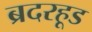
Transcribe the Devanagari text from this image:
ब्रदरहूड